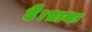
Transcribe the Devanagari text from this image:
है।प्रायः